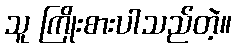
သူ ကြိုးစားပါသည်တဲ့။